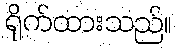
ရိုက်ထားသည်။